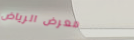
معرض الرياض